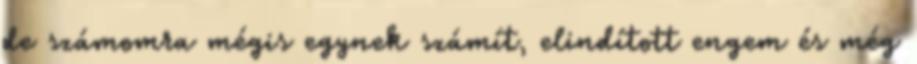
de számomra mégis egynek számít, elindított engem és még